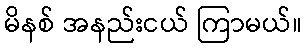
မိနစ် အနည်းငယ် ကြာမယ်။